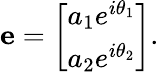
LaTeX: \mathbf{e}={\left[\begin{array}{l}{a_{1}e^{i\theta_{1}}}\\ {a_{2}e^{i\theta_{2}}}\end{array}\right]}.